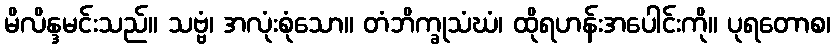
မိလိန္ဒမင်းသည်။ သဗ္ဗံ၊ အလုံးစုံသော။ တံဘိက္ခုသံဃံ၊ ထိုရဟန်းအပေါင်းကို။ ပုရတောစ၊